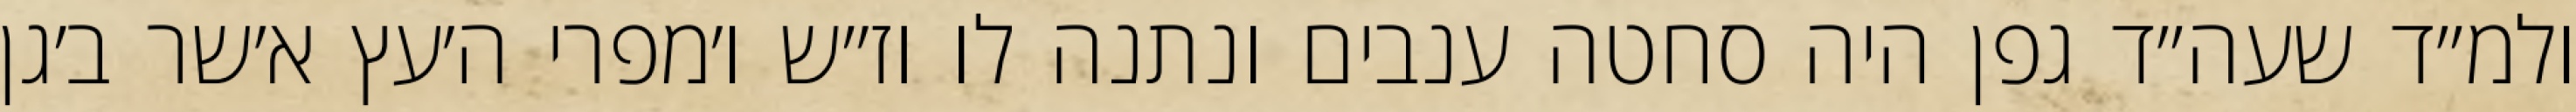
ולמ״ד שעה״ד גפן היה סחטה ענבים ונתנה לו וז״ש ו׳מפרי ה׳עץ א׳שר ב׳גן